Memorandum on the prevention of leprosy by segregation of the affected
Disease focus: Leprosy
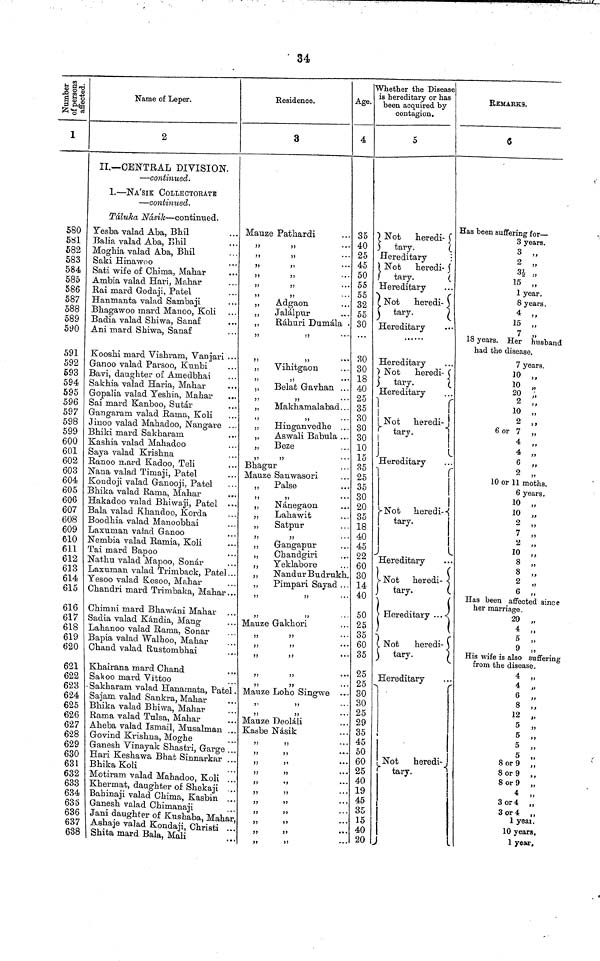
34
to
Number of person
affected.
1
580
581
582
583
584
585
586
587
588
589
590
591
592
593
594
595
596
597
598
599
600
601
602
603
604
605
606
607
608
609
610
611
612
613
614
615
616
617
618
619
620
621
622
623
624
625
626
627
628
629
630
631
632
633
634
635
636
637
638
Name of Leper.
2
II.— CENTRAL DIVISION.
— continued.
1. — NA'SIK COLLECTORATE
— continued.
Talukca Nasik— continued.
Yesba valad Aba, Bhil
Balia valad Aba, Bhil
Moghia valad Aba, Bhil
Saki Hinawoo
Sati wife of Chima, Mahar
Ambia valad Hari, Mahar
Rai mard Godaji, Patel
Hanmanta valad Sambaji
Bhagawoo mard Manoo, Koli
Badia valad Shiwa, Sanaf
Ani mard Shiwa, Sanaf
Kooshi mard Vishram, Vanjari . . .
Ganoo valad Parsoo, Kunbi
Bavi, daughter of Amedbhai
Sakhia valad Haria, Mahar
Gopalia valad Yeshia, Mahar
Sai mard Kanboo, Sutar
Gangaram valad Rama, Koli
Jinoo valad Mahadoo, Nangare ...
Bhiki mard Sakharam
Kashia valad Mahadoo
Saya valad Krishna
Ranoo mard Kadoo, Teli
Nana valad Timaji, Patel
Kondoji valad Ganooii, Patel
1 Bhika valad Rama, Mahar
Hakadoo valad Bhiwaji, Patel
Bala valad Kliandoo, Korda
Boodhia valad Manoobhai
Laxuman valad Ganoo
Nembia valad Ramia, Koli
Tai rnard Bapoo
Nathu valad Mapoo, Sonar
Laxuman valad Trimback, Patel..
Yesoo valad Kesoo, Mahar
Chandri mard Trimbaka, Mahar..
Chimni mard Bhawani Mahar ..
Sadia valad Kindia, Mang
Lahanoo valad Rama, Sonar
Bapia valad Walhoo, Mahar
Chand valad Rustombhai
Khairana mard Chand
Sakoo mard Vittoo
• Sakharam. valad Hanamata, Patel
Sajam valad Sankra, Mahar
Bhika valad Bhiwa, Mahar
Rama valad Tulsa, Mahar
Aheba valad Ismail, Musalman
Govind Krishna, Moghe
Ganesh Vinayak Shastri, Garge .
Hari Keshawa Bhat Sinnarkar
Bhika Koli
Motiram valad Mahadoo, Koli .
Khermat, daughter of Shekaji .
Bahinaji valad Chima, Kasbin .
Ganesh valad Chimanaji
Jani daughter of Kushaba, Maha
Asliaje valad Kondaji, Christi .
Shita mard Bala, Mali
Residence.
3
Mauze Pathardi
,, ,, ,,
"
,,
"
"
"
"
Adgaon
"
Jalalpur
Rahuri Dumala
"
,,
,,
Vihitgaon
„
Belat Gavhan ...
,,
Makhamalabad. . .
,,
Hinganvedhe . . .
Aswali Babula ...
Beze
,,
Bhagur
Mauze Sanwasori
Palse
,,
,,
,, Nanegaon
,, Lahawit
,, Satpur
,,
,,
,, Gangapur
,, Chandgiri
,, Yeklabore
,
NandurBudrukh.
,, Pimpari Sayad .
,,
,,
,,
,,
. Mauze Gakhori
,,
,,
,,
,,
,,
,,
,,.
,,
..
,,
,,
,,
,,
,,
,,
,,
Mauze Loho Singwe
,,
,,
,,
.. Mauze Deolali
.. Kasbe Nasik
,,
,,
"
,,
"
,,
"
,,
,,
„
.,
,,
4
35
40
25
45
50
55
55
32
55
30
30
30
18
40
25
35
30
30
30
10
15
85
25
35
30
20
35
18
40
45
22
60
30
14
40
50
25
35
60
35
25
25
30
30
25
29
35
45
50
60
25
40
19
45
35
15
40
20
whether the Disease
a hereditary or has
been acquired by
contagion.
Not
heredi-
tary.
Hereditary
Not
heredi- 5
tary.
Hereditary
Not
heredi- 3
tary.
Hereditary
Hereditary
Not
heredi-
tary.
Hereditary
Not
heredi
tary.
Hereditary
Not
heredi
tary.
Hereditary
Not heredi-
tary.
Hereditary
Not
heredi-
tary.
Hereditary
Not
heredi-
tary.
REMARKES.
6
Has been suffering for —
3 years.
3 ,,
2
34 ,,
15 ,,
1 year.
8 years.
4 ,,
15 ,,
7 ,,
18 years. Her husband
had the disease.
7 years.
10
,,
10 „
20 ,,
2
10 „
2 ,,
6 or 7 ,
4
4 ,,
6
2 "
10 or 11 moths.
6 years.
10 „
10 „
2 ,,
7 „
2 „
10 „
3 „
8 „
2 „
6 „
Has been affected since
her marriage.
20 „
4 „
5 „
9 „
His wife is also suffering
from the disease .
4 „
4 ,,
6 "
8 "
12 "
5 "
5 "
5 "
5 "
8 or 9 "
8 or 9 "
8 or 9 "
4 "
3 or 4 "
3 or 4 ,,
1 year. ,,
10 years.
1 year.